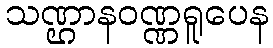
သဏ္ဌာနဝဏ္ဏရူပေန